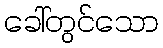
ခေါ်တွင်သော